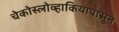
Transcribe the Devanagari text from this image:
चेकोस्लोव्हाकियापासून